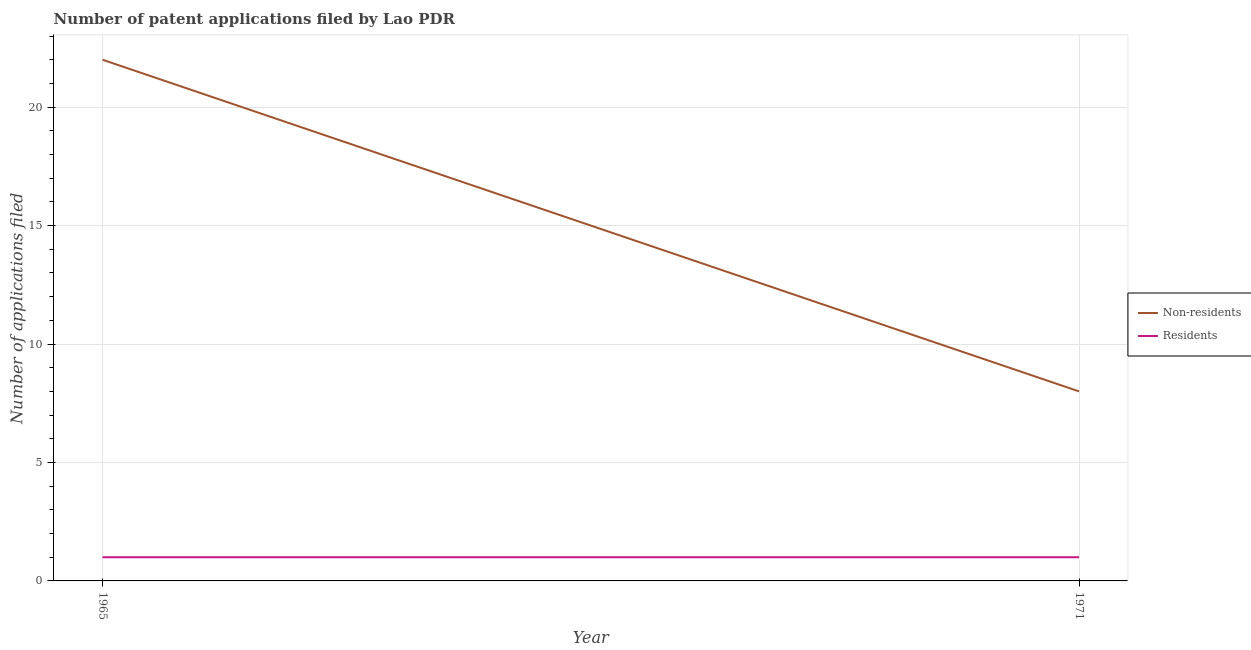
| Year | Non-residents | Residents |
 | --- | --- | --- |
 | 1965 | 22 | 1 |
 | 1971 | 8 | 1 |